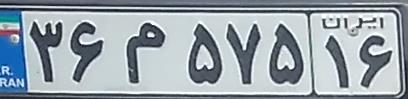
۳۶م۵۷۵۱۶